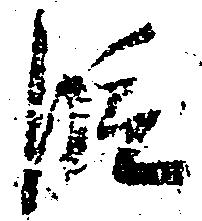
段